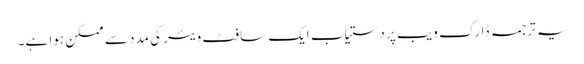
یہ ترجمہ ڈارک ویب پر دستیاب ایک سافٹ ویئر کی مدد سے ممکن ہوا ہے۔